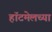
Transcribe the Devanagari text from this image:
हॉटमेलच्या